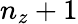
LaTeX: n_{z}+1